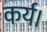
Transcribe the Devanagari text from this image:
कर्य।